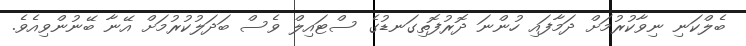
ބެލްކަނި ނިވާކުރުމަށް ދަމާފައި ހުންނަ ދޮރުފޮތިގަނޑުގެ ސްޓައިލް ވެސް ބަދަލުކުރުމަށް އޭނާ ބޭނުންވިއެވެ.